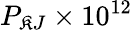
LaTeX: P_{\mathfrak{K}J}\times10^{12}